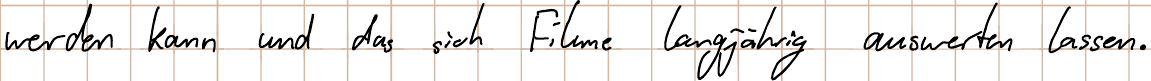
werden kann und das sich Filme langjährig auswerten lassen.